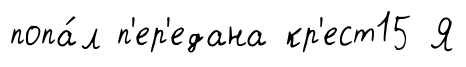
попа́л п'ер'едана кр'ест15 Я